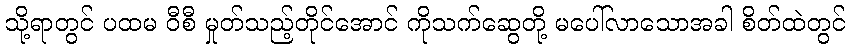
သို့ရာတွင် ပထမ ဝီစီ မှုတ်သည့်တိုင်အောင် ကိုသက်ဆွေတို့ မပေါ်လာသောအခါ စိတ်ထဲတွင်